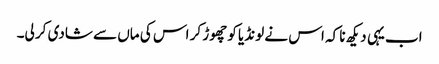
اب یہی دیکھ نا کہ اس نے لونڈیا کو چھوڑ کر اس کی ماں سے شادی کر لی۔